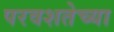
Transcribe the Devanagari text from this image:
परवशतेच्या